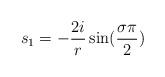
LaTeX: \begin{align*}s_{1}=-\frac{2i}{r}\sin(\frac{\sigma\pi}{2})\end{align*}